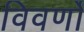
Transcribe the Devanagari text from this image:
विवर्णों